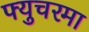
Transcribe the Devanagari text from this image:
फ्युचरमा